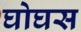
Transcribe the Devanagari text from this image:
घोघस